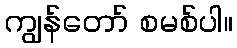
ကျွန်တော် စမစ်ပါ။